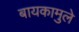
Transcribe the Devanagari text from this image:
बायकामुले